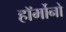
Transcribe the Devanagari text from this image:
हॉर्मोनो